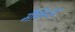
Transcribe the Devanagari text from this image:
मैकिन्डर